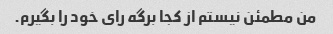
من مطمئن نیستم از کجا برگه رای خود را بگیرم.